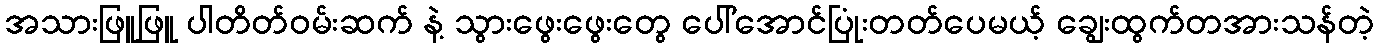
အသားဖြူဖြူ ပါတိတ်ဝမ်းဆက် နဲ့ သွားဖွေးဖွေးတွေ ပေါ်အောင်ပြုံးတတ်ပေမယ့် ချွေးထွက်တအားသန်တဲ့